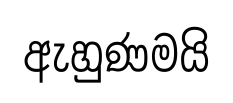
ඇහුණමයි